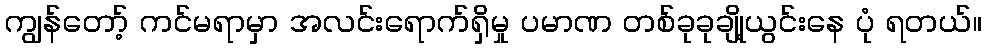
ကျွန်တော့် ကင်မရာမှာ အလင်းရောက်ရှိမှု ပမာဏ တစ်ခုခုချို့ယွင်းနေ ပုံ ရတယ်။